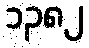
၁၃၈၂